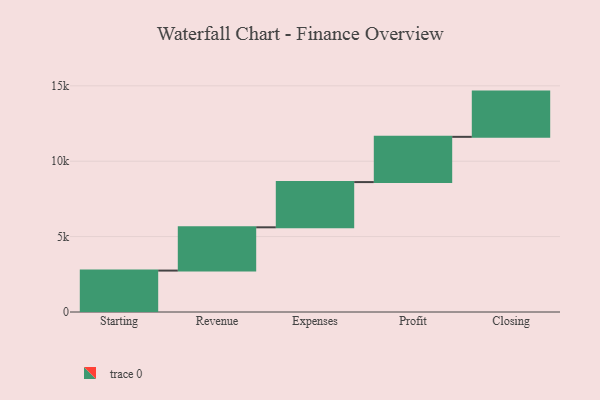
{"axis": {"x": "Step", "y": "Value"}, "legend": [""], "data": [{"x": "Starting", "y": 2747.0, "type": ""}, {"x": "Revenue", "y": 2869.0, "type": ""}, {"x": "Expenses", "y": 3000, "type": ""}, {"x": "Profit", "y": 3000, "type": ""}, {"x": "Closing", "y": 3000, "type": ""}]}